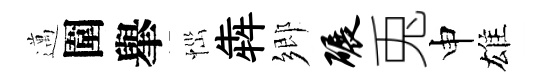
邁圍𦦙𢙉犇鄉碾兎申雄